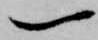
一